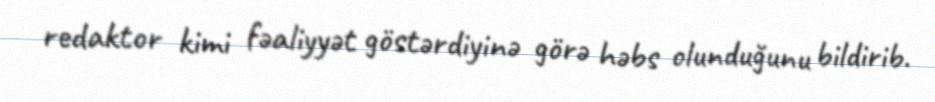
redaktor kimi fəaliyyət göstərdiyinə görə həbs olunduğunu bildirib.